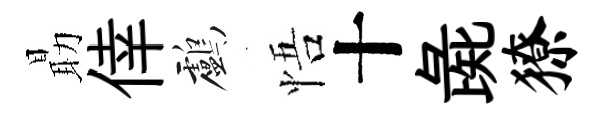
朂倖鸕悟十彘獠